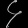
Digit: ၄